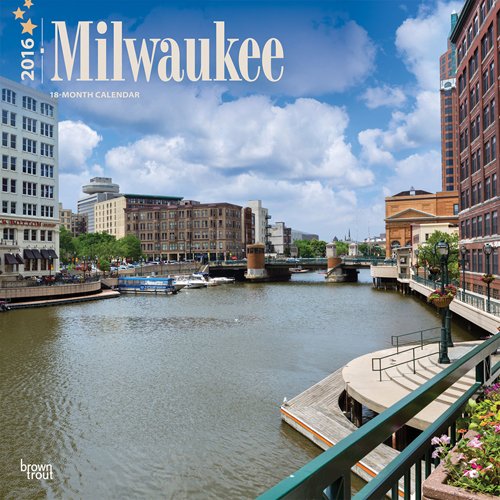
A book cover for Milwaukee 2016 Square 12x12; Browntrout Publishers; Travel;